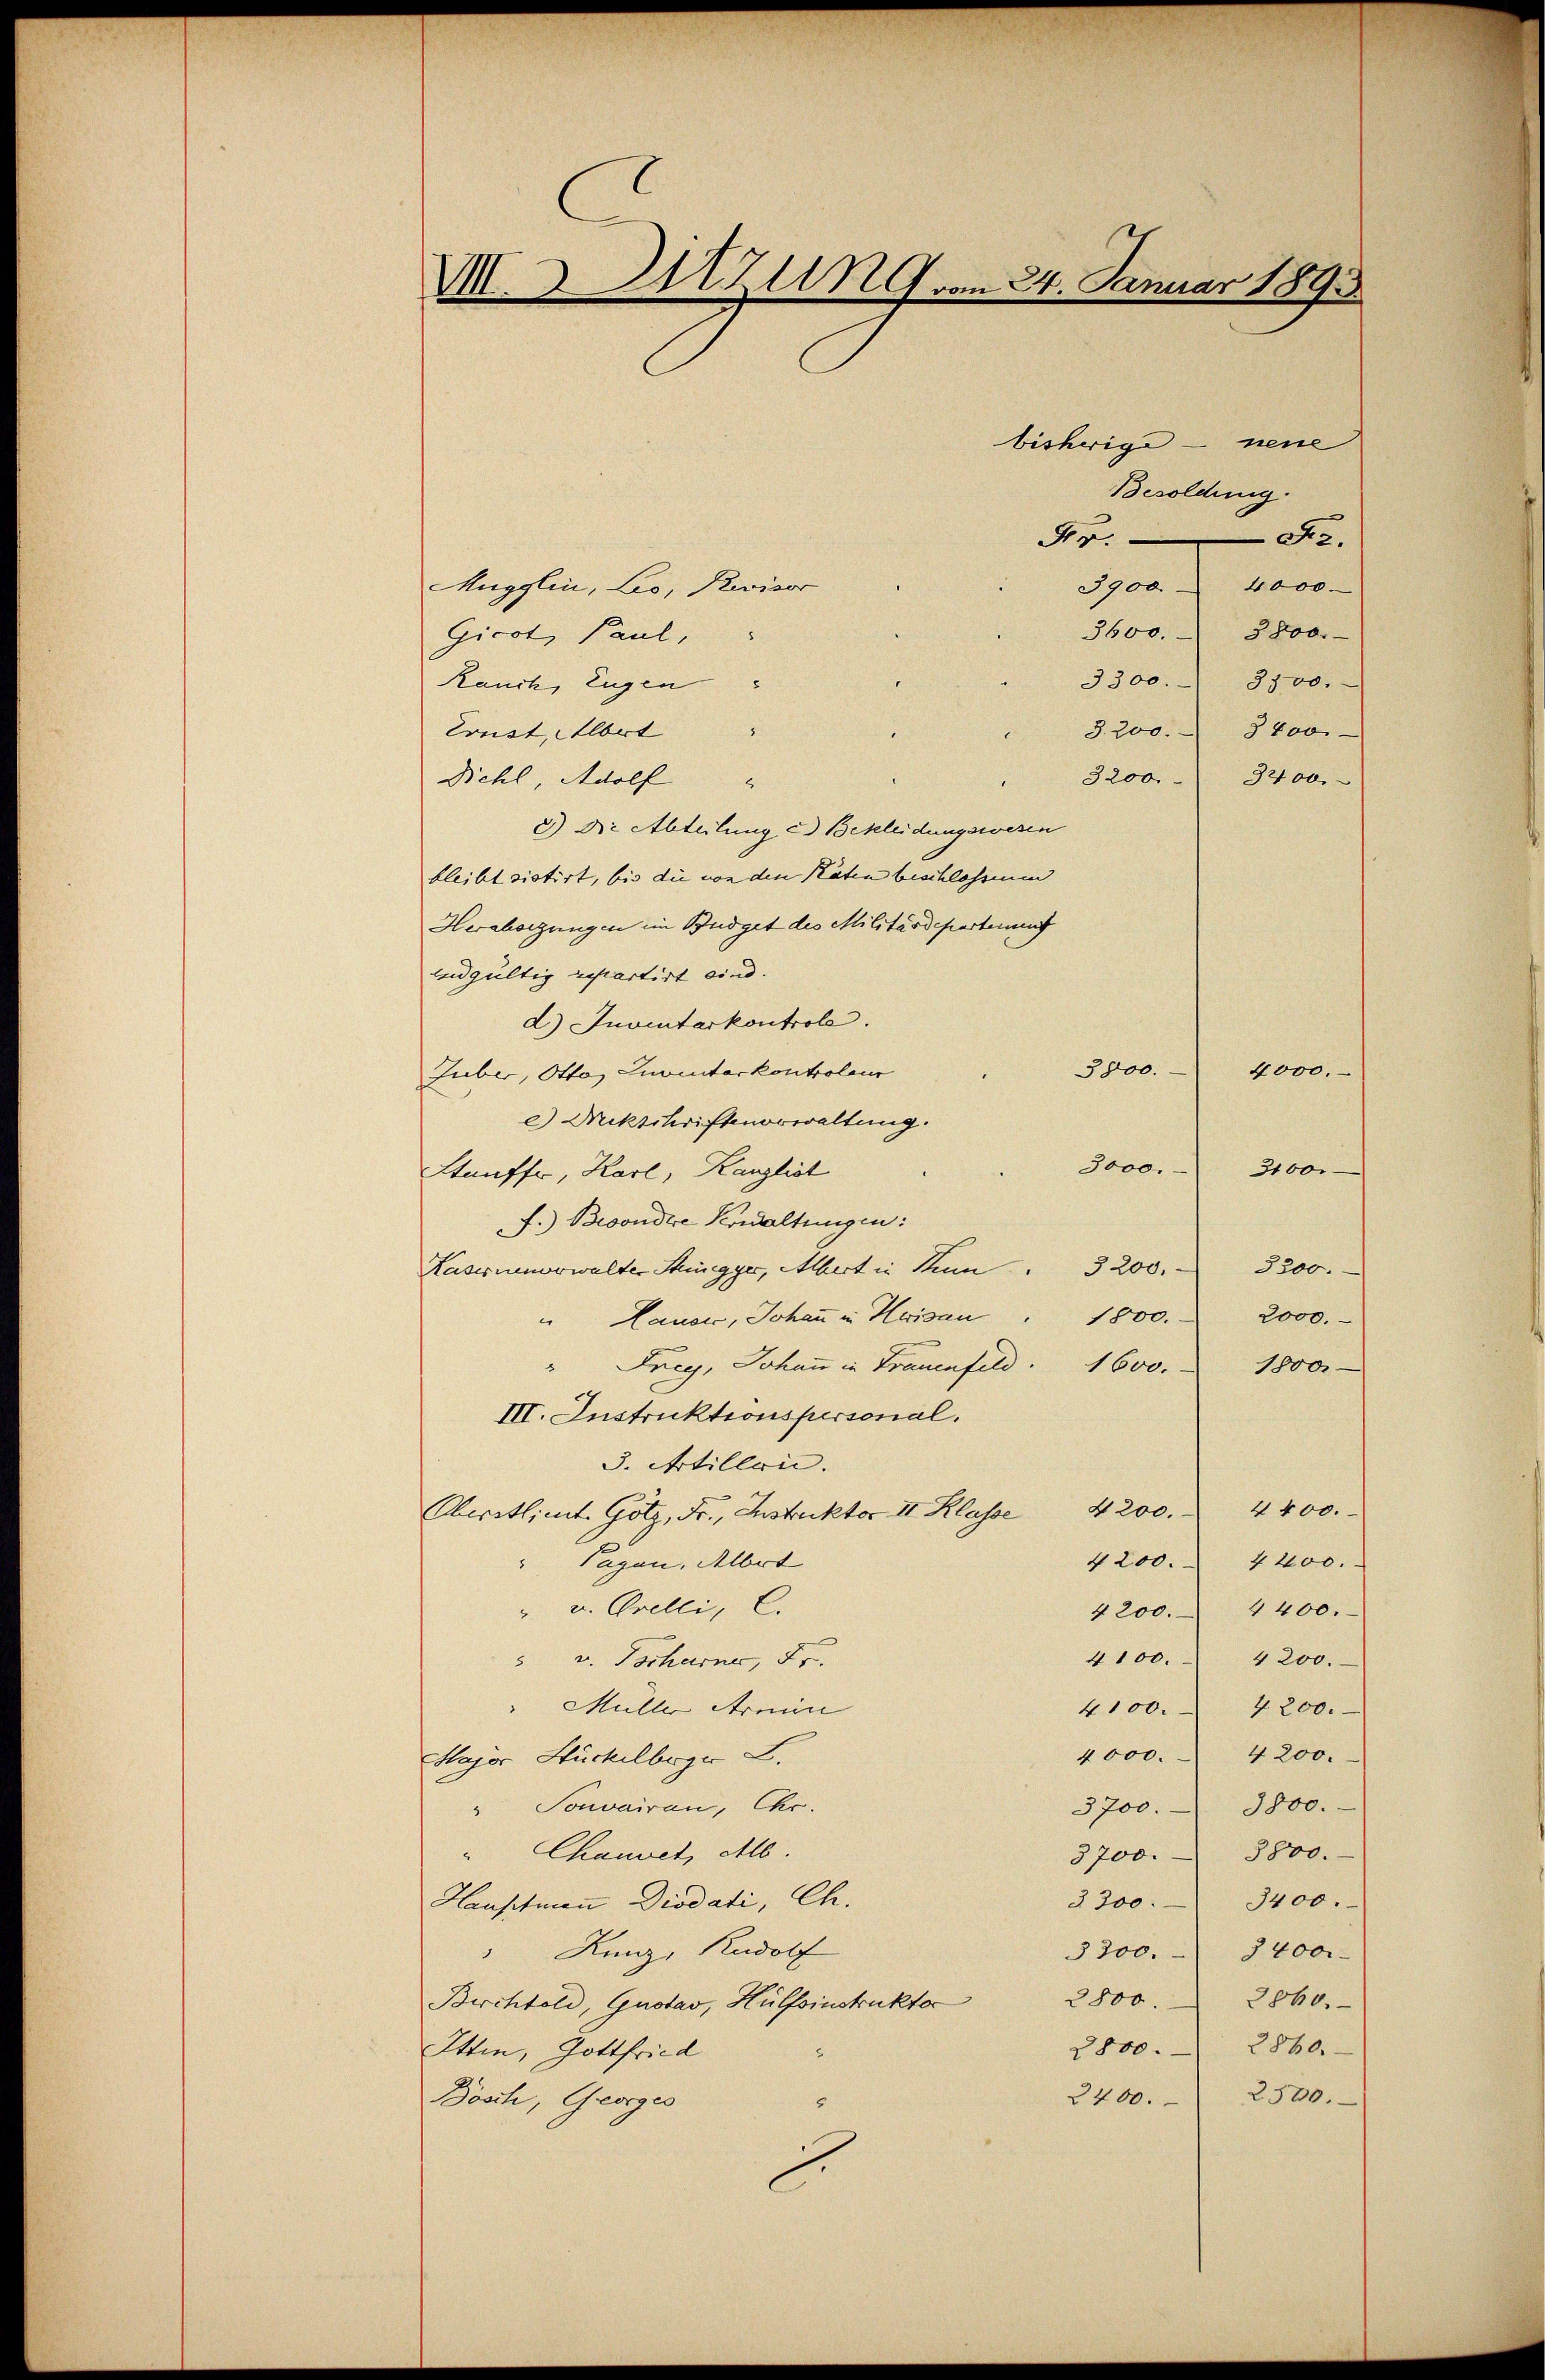
VIII. Sitzung vom 24. Januar 1893

nene
bisherige
Besoldung.
der.
Fr.
3900 - 4000.
Mugglin, Leo, Revisor
3600. 3800.
Gicot, Paul,
3300. 3300.
Rauch, Eugen
§. 200. 3800
Ernst, Albert
Bichl, Adolf
3200 - 3400.
2
2.) Die Abteilung in Bekleidungswesen
bleibt sistirt, bis die von den Räten beschlossem
Heraborgungen im Budget des Militärdeparterung
lndgültig repartirt sind.
d) Inventarkontrole.
38000.
4000.
Guber, Otto, Livinterkontroleur
e) Mitschriftenorwaltung.
3000. 3100.
Stauffr, Karl, Kanzlist
f.) Besondere Verwaltungen:
Kasernenverwalter Stigger, Albert in Kun                          3 200               3300.
1800.
"Hauer, Johann in Heisau
" Frey, Johann in Frauenfeld. 1600. 1800
III. Instruktionspersonal.
3. Artillen.
4400.
Oberstlimt Götz, Fr., Instruktor II Klasse 4200.
4200.
Tagan, Albert
4200.
" v. Orelli, C.
4200. 4400.
4100. 4200.
v. Tscharner, Fr.
" Mülle Armin
4100. 4200.
4000. 4200.
Major Stückelboge L.
" Souvairau, Chr.
3800.
3700.
" Chauwet, All
3700. 3800.
3200. 3400.
Hauptmann Diodati, Ch.
" Kunz, Rudolf
3200. 3400.
2800. 2860.
Birchtold, Gustav, Hülfsinstruktor
2860.
Ittin, Gottfried
2800.
2
2400. 2500.
Dösch, Georges

2000.